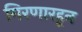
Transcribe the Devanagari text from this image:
गिरणारहून